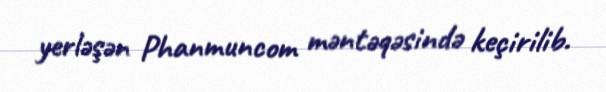
yerləşən Phanmuncom məntəqəsində keçirilib.